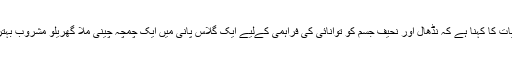
ماہرین غذائیات کا کہنا ہے کہ نڈھال اور نحیف جسم کو توانائی کی فراہمی کےلیے ایک گلاس پانی میں ایک چمچہ چینی ملا گھریلو مشروب بہترین حل ہے۔